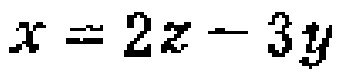
\(x = 2z - 3y\)